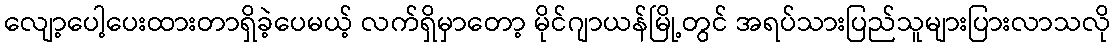
လျော့ပေါ့ပေးထားတာရှိခဲ့ပေမယ့် လက်ရှိမှာတော့ မိုင်ဂျာယန်မြို့တွင် အရပ်သားပြည်သူများပြားလာသလို